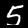
Digit: 5